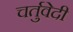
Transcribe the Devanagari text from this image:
चर्तुवेदी